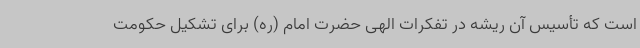
است که تأسیس آن ریشه در تفکرات الهی حضرت امام (ره) برای تشکیل حکومت